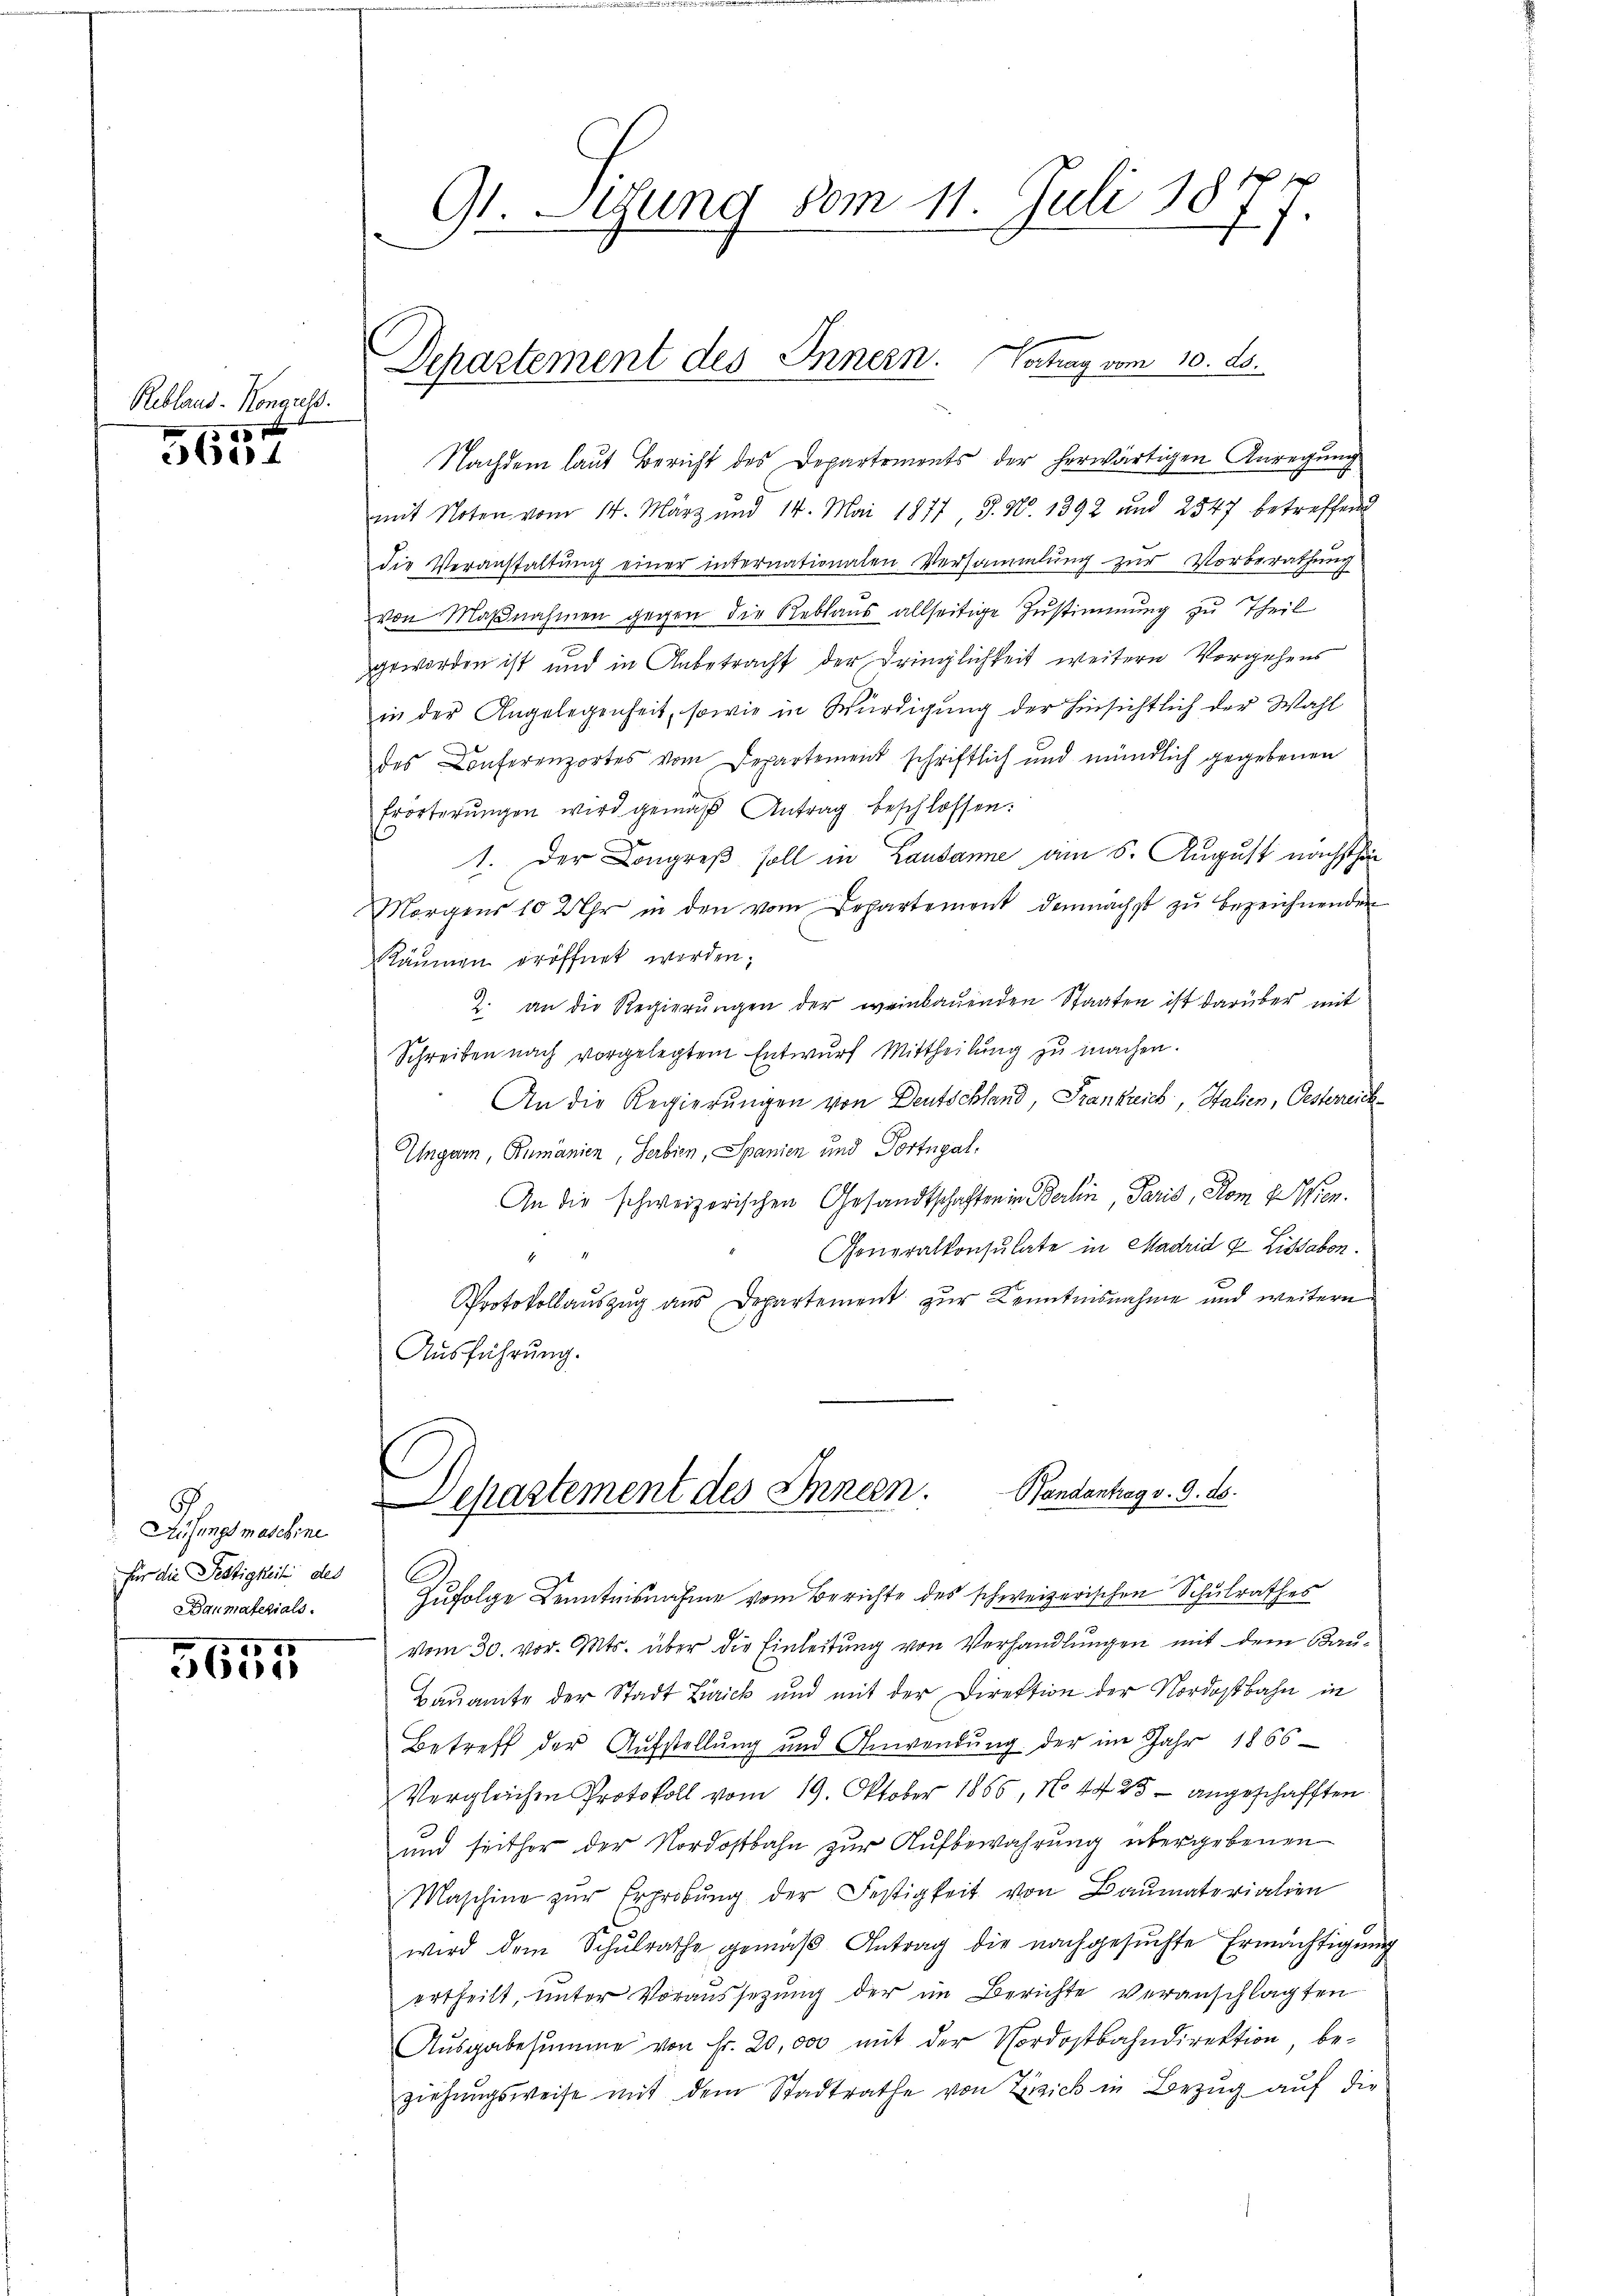
Rebland-Konguss.
 xx

5604

6
Aufungsmaschine
für die Festigkeit des
Baumaterials.

100
60

G1. Sitzung vom 11. Juli 1877.

Departement des Innern. Vortrag vom 10. ds.

Nachdem laut Bericht des Departements der herwärtigen Anregung
mit Noten vom 14. März und 14. Mai 1877 J. N. 1392 und 2547 betreffend
die Veranstaltung einer internationalen Versammlung zur Vorberathung
von Maβnahmen gegen die Reblaus allseitige Zustimmung zu Theil
geworden ist und in Anbetracht der Dringlichkeit weitern Vorgehens
in der Angelegenheit, sowie in Würdigung der Hinsichtlich der Wahl
des Conferenzortes vom Departement schriftlich und mündlich gegebenen
Erörterŭngen wird gemäβ Antrag beschlossen:
1. Der Kongreß soll in Lausanne am 8. August nächsthin
Morgens 10 2 Uhr in den vom Departement demnächst zŭ bezeichnenden
Räumen eröffnet werden;
2. an die Regierŭngen der weinbauenden Staaten ist darüber mit
Schreiben nach vorgelegtem Entwurf Mittheilung zu machen.
An die Regierungen von Deutschland, Frankreich, Stalien, Oesterreich
Ungarn, Rumänien, Serbien, Spanien und Portugal.
An die schweizerischen Gesandtschaften in Berlin, Paris, Rom 4. Wien.
Generalkonsulate in Madrid u. Lissabon.
4
Protokollauszug aus Departement zur Kenntnisnahme und weitere
Ausführung.
Departement des Innern. Bandantrag v. 9. ds.

C
Zufolge Kenntnisnahme vom Berichte des schweizerischen Schulrathes
vom 30. vor. Mts. über die Einleitung von Verhandlungen mit dem Bau¬
Baŭamte der Stadt Zürick und mit der Direktion der Nordostbahn in
Betreff der Aufstellung und Anwendung der im Jahr 1866
Vergleichen Protokoll vom 19. Oktober 1865, No 4425 angeschafften
und seither der Nordostbahn zur Aufbewahrung übergebenen
Maschine zŭr Erprobŭng der Festigkeit von Baumaterialien
wird dem Schŭlrathe gemäβ Antrag die nachgesŭchte Ermächtigŭng
ertheilt, unter Voraussetzung der im Berichte veranschlagten
Aŭsgabesŭmme von Fr. 20,000 mit der Nordostbahndirektion, be-
ziehŭngsweise mit dem Stadtrathe von Zusick in Bezug auf die